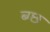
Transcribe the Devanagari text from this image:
ब्ग्छ